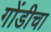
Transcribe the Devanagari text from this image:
गोंडीचा